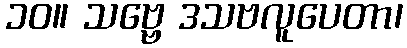
၁၀။ သဗ္ဗေ ဒသဗလူပေတာ၊